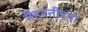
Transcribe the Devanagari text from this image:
मेहनतीच्या